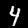
Label: 4